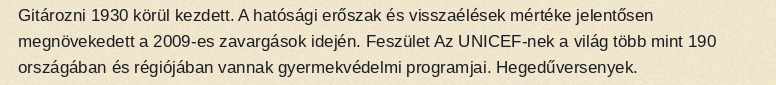
Gitározni 1930 körül kezdett. A hatósági erőszak és visszaélések mértéke jelentősen megnövekedett a 2009-es zavargások idején. Feszület Az UNICEF-nek a világ több mint 190 országában és régiójában vannak gyermekvédelmi programjai. Hegedűversenyek.